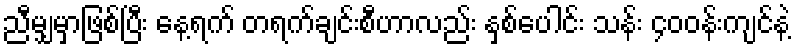
ညီမျှမှာဖြစ်ပြီး နေ့ရက် တရက်ချင်းစီဟာလည်း နှစ်ပေါင်း သန်း ၄၀၀န်းကျင်နဲ့